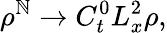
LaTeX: \rho^{\mathbb{N}}\xrightarrow{{}}{{C_{t}^{0}L_{x}^{2}}}\rho,